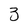
Character: 3